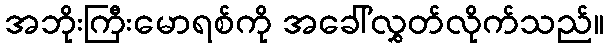
အဘိုးကြီးမောရစ်ကို အခေါ်လွှတ်လိုက်သည်။